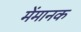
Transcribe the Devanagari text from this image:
मेंमानक